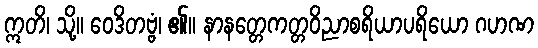
ဣတိ၊ သို့။ ဝေဒိတဗ္ဗံ၊ ၏။ နာနတ္တေကတ္တဝိညာစရိယာပရိယော ဂဟဏ